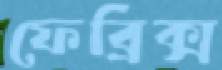
ফেব্রিক্স